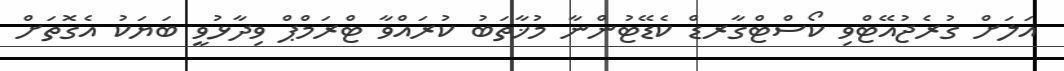
އަލަށް ގުރެޖުއޭޓްވި ކޯސްޓްގާރޑް ކެޑޭޓުންނާ މުޚާތަބު ކުރައްވާ ޓްރަމްޕް ވިދާޅުވީ ބަޔަކު އެގޮތަށް